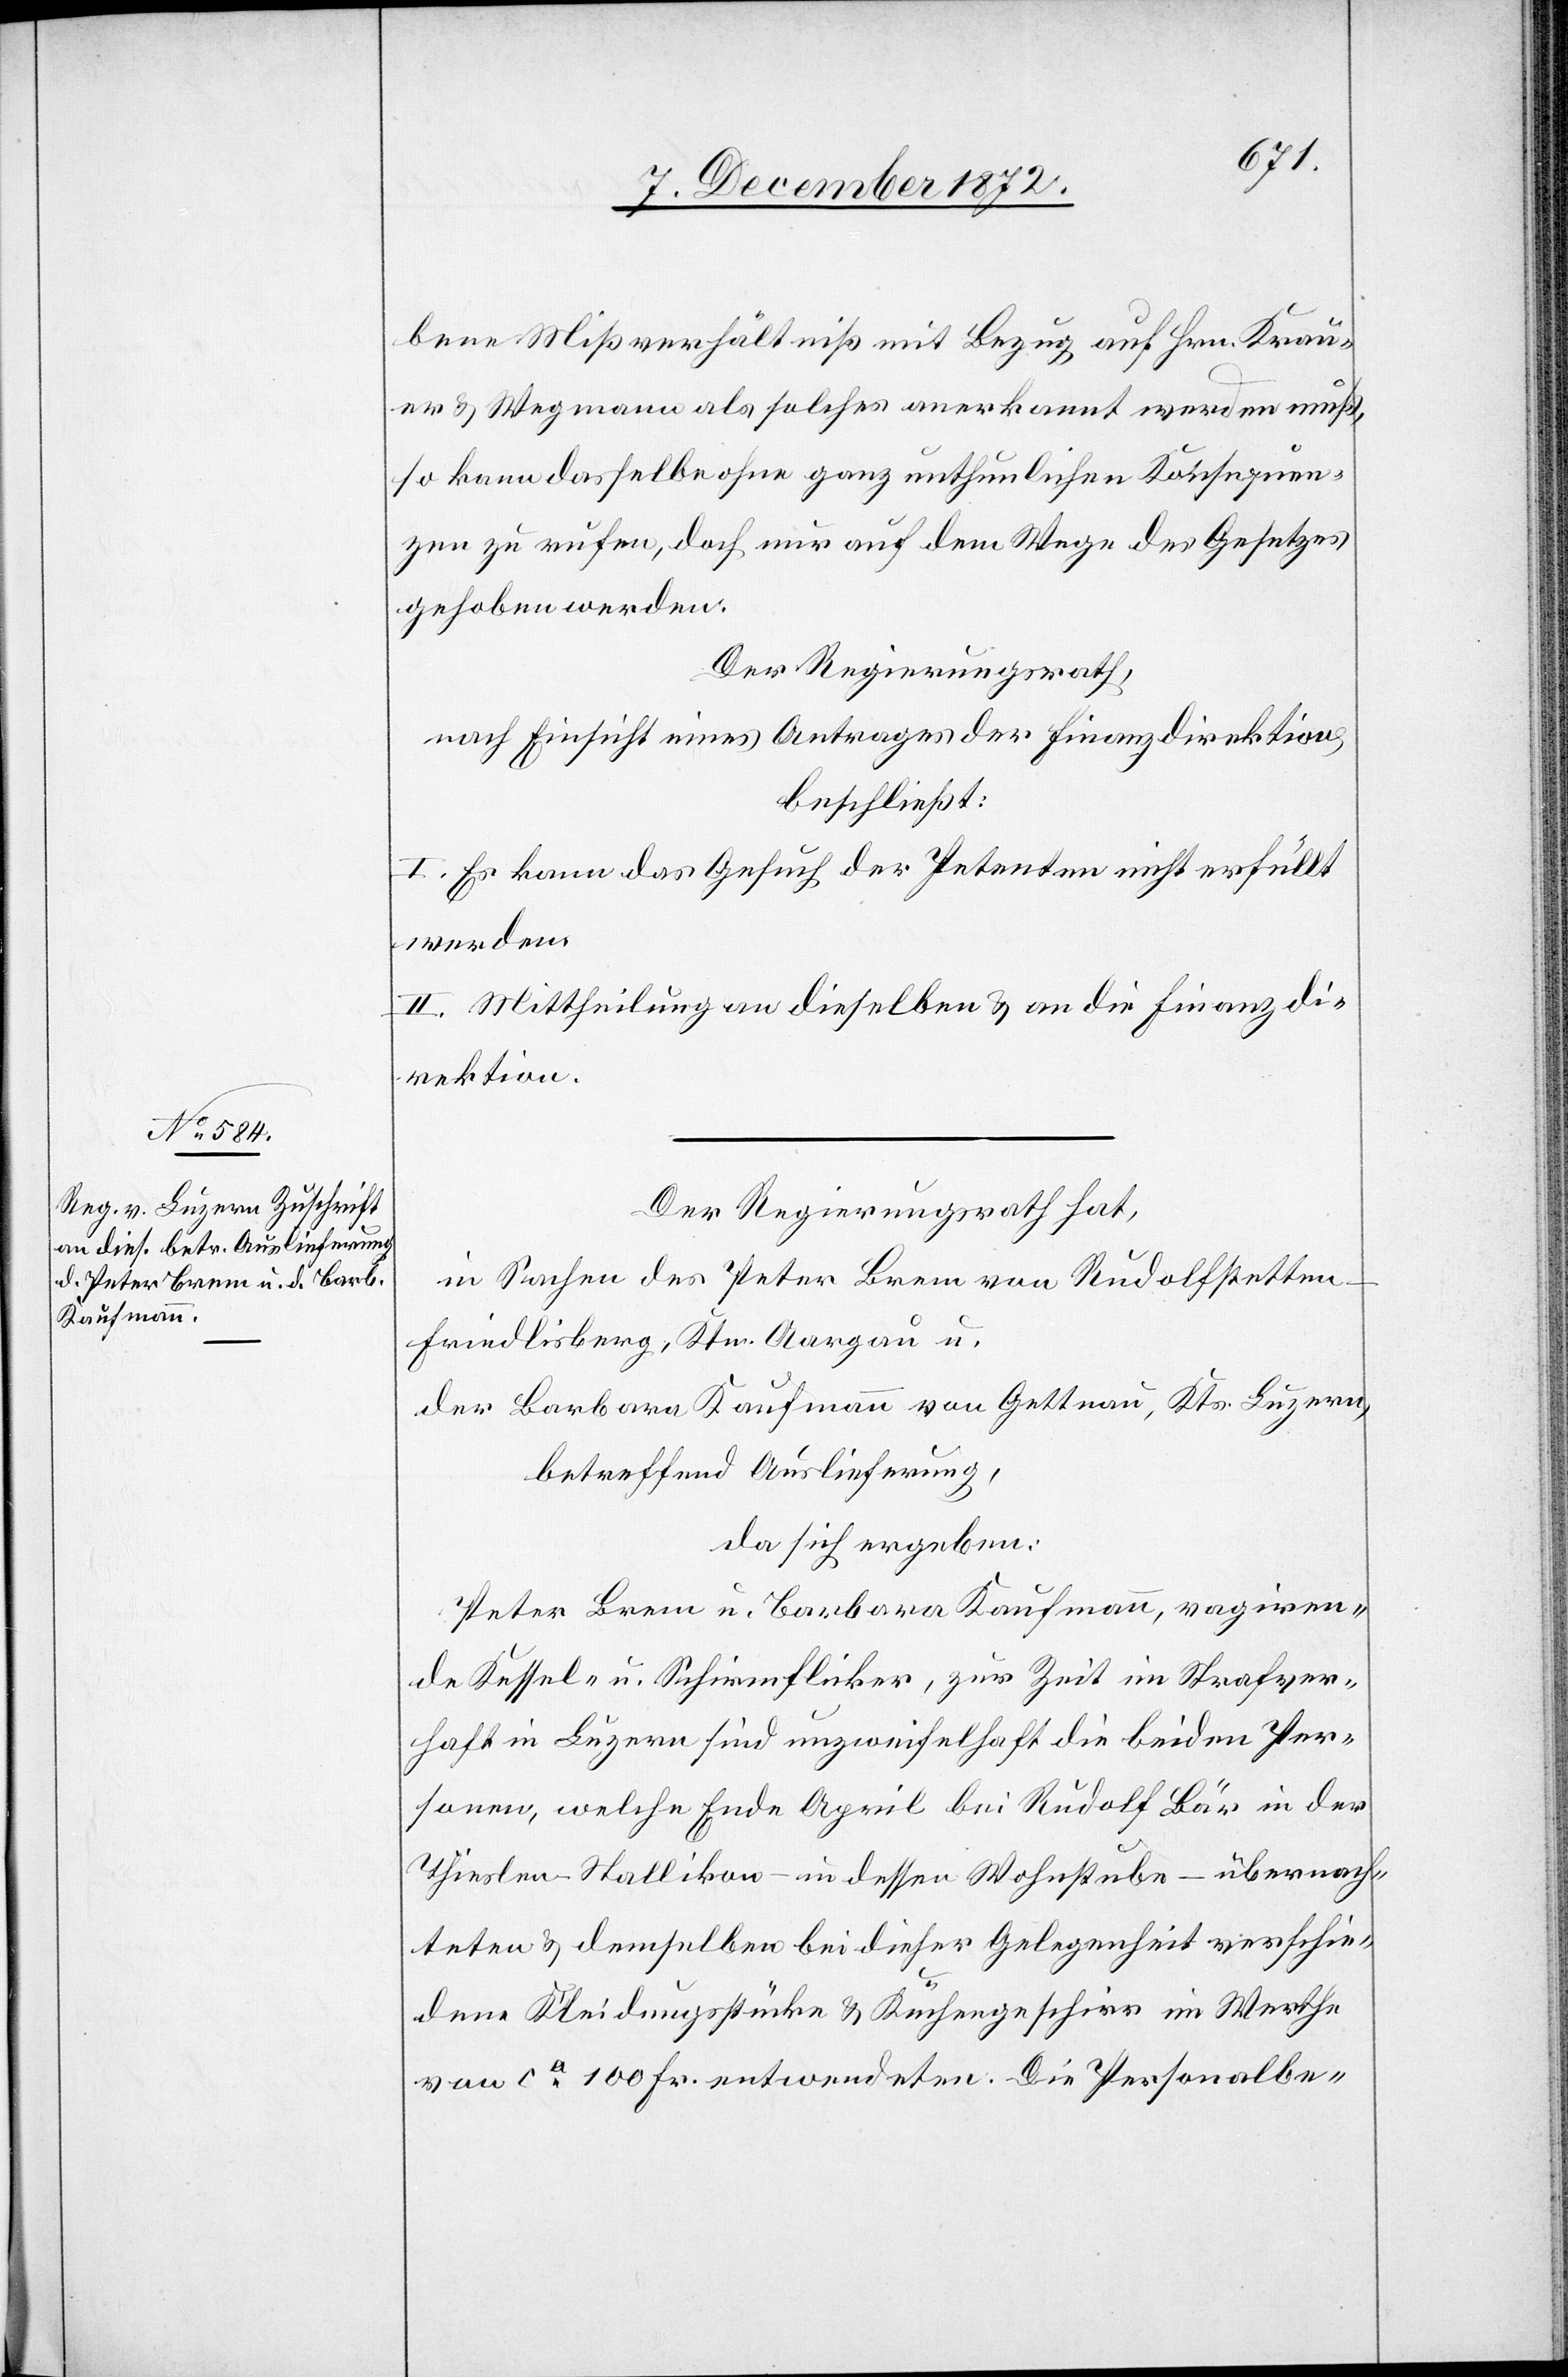
bene Mißverhältniß mit Bezug auf Hrn. Krau¬
er u. Wegmann als solches anerkannt werden muß,
so kann dasselbe ohne ganz unthunlichen Konsequen¬
zen zu rufen, doch nur auf dem Wege des Gesetzes
gehoben werden.
Der Regierungsrath,
nach Einsicht eines Antrages der Finanzdirektion,
beschließt:
I. Es kann das Gesuch der Petenten nicht erfüllt
werden.
II. Mittheilung an dieselben u. an die Finanzdi¬
rektion.
Der Regierungsrath hat,
in Sachen des Peter Brem von Rudolfstetten
Friedlisberg, Ktn. Aargau u.
der Barbara Kaufmann von Gettnau, Kts. Luzern,
betreffend Auslieferung,
da sich ergeben:
Peter Brem u. Barbara Kaufmann, vagiren¬
de Kessel- u. Schirmflicker, zur Zeit im Strafver¬
haft in Luzern sind unzweifelhaft die beiden Per¬
sonen, welche Ende April bei Rudolf Bär in der
Thieslen - Stallikon – in dessen Wohnstube – übernach¬
teten u. demselben bei dieser Gelegenheit verschie¬
dene Kleidungsstücke u. Küchengeschirr im Werthe
von ca 100 Fr. entwendeten. Die Personalbe-